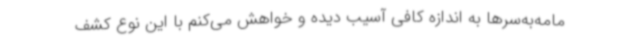
مامه‌به‌سرها به اندازه کافی آسیب دیده و خواهش می‌کنم با این نوع کشف